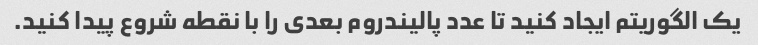
یک الگوریتم ایجاد کنید تا عدد پالیندروم بعدی را با نقطه شروع پیدا کنید.